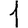
Digit: 1